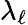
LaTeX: \lambda_{\ell}